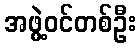
အဖွဲ့ဝင်တစ်ဦး